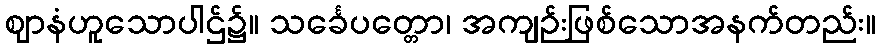
ဈာနံဟူသောပါဌ်၌။ သင်္ခေပတ္တော၊ အကျဉ်းဖြစ်သောအနက်တည်း။